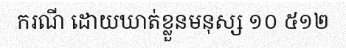
ករណី ដោយឃាត់ខ្លួនមនុស្ស ១០ ៥១២